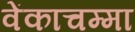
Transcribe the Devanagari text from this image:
वेंकाचम्मा